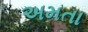
અમતા